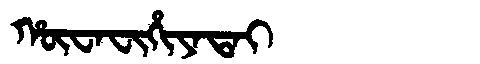
Manchu: ᡥᡡᠸᠠᠸᡳᡥᡳᠶᠠᡨᠠᡳ
Romanization: HŪWAFIHIYATAI